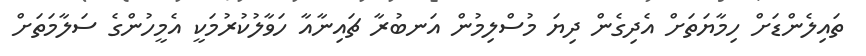
ތައިލެންޑަށް ހިމާޔަތަށް އެދިގެން ދިޔަ މުސްލިމުން އަނބުރާ ޗައިނާއާ ހަވާލުކުރުމަކީ އެމީހުންގެ ސަލާމަތަށް